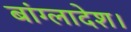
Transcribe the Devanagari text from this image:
बांग्लादेश।